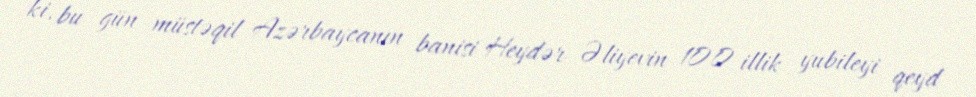
ki, bu gün müstəqil Azərbaycanın banisi Heydər Əliyevin 100 illik yubileyi qeyd